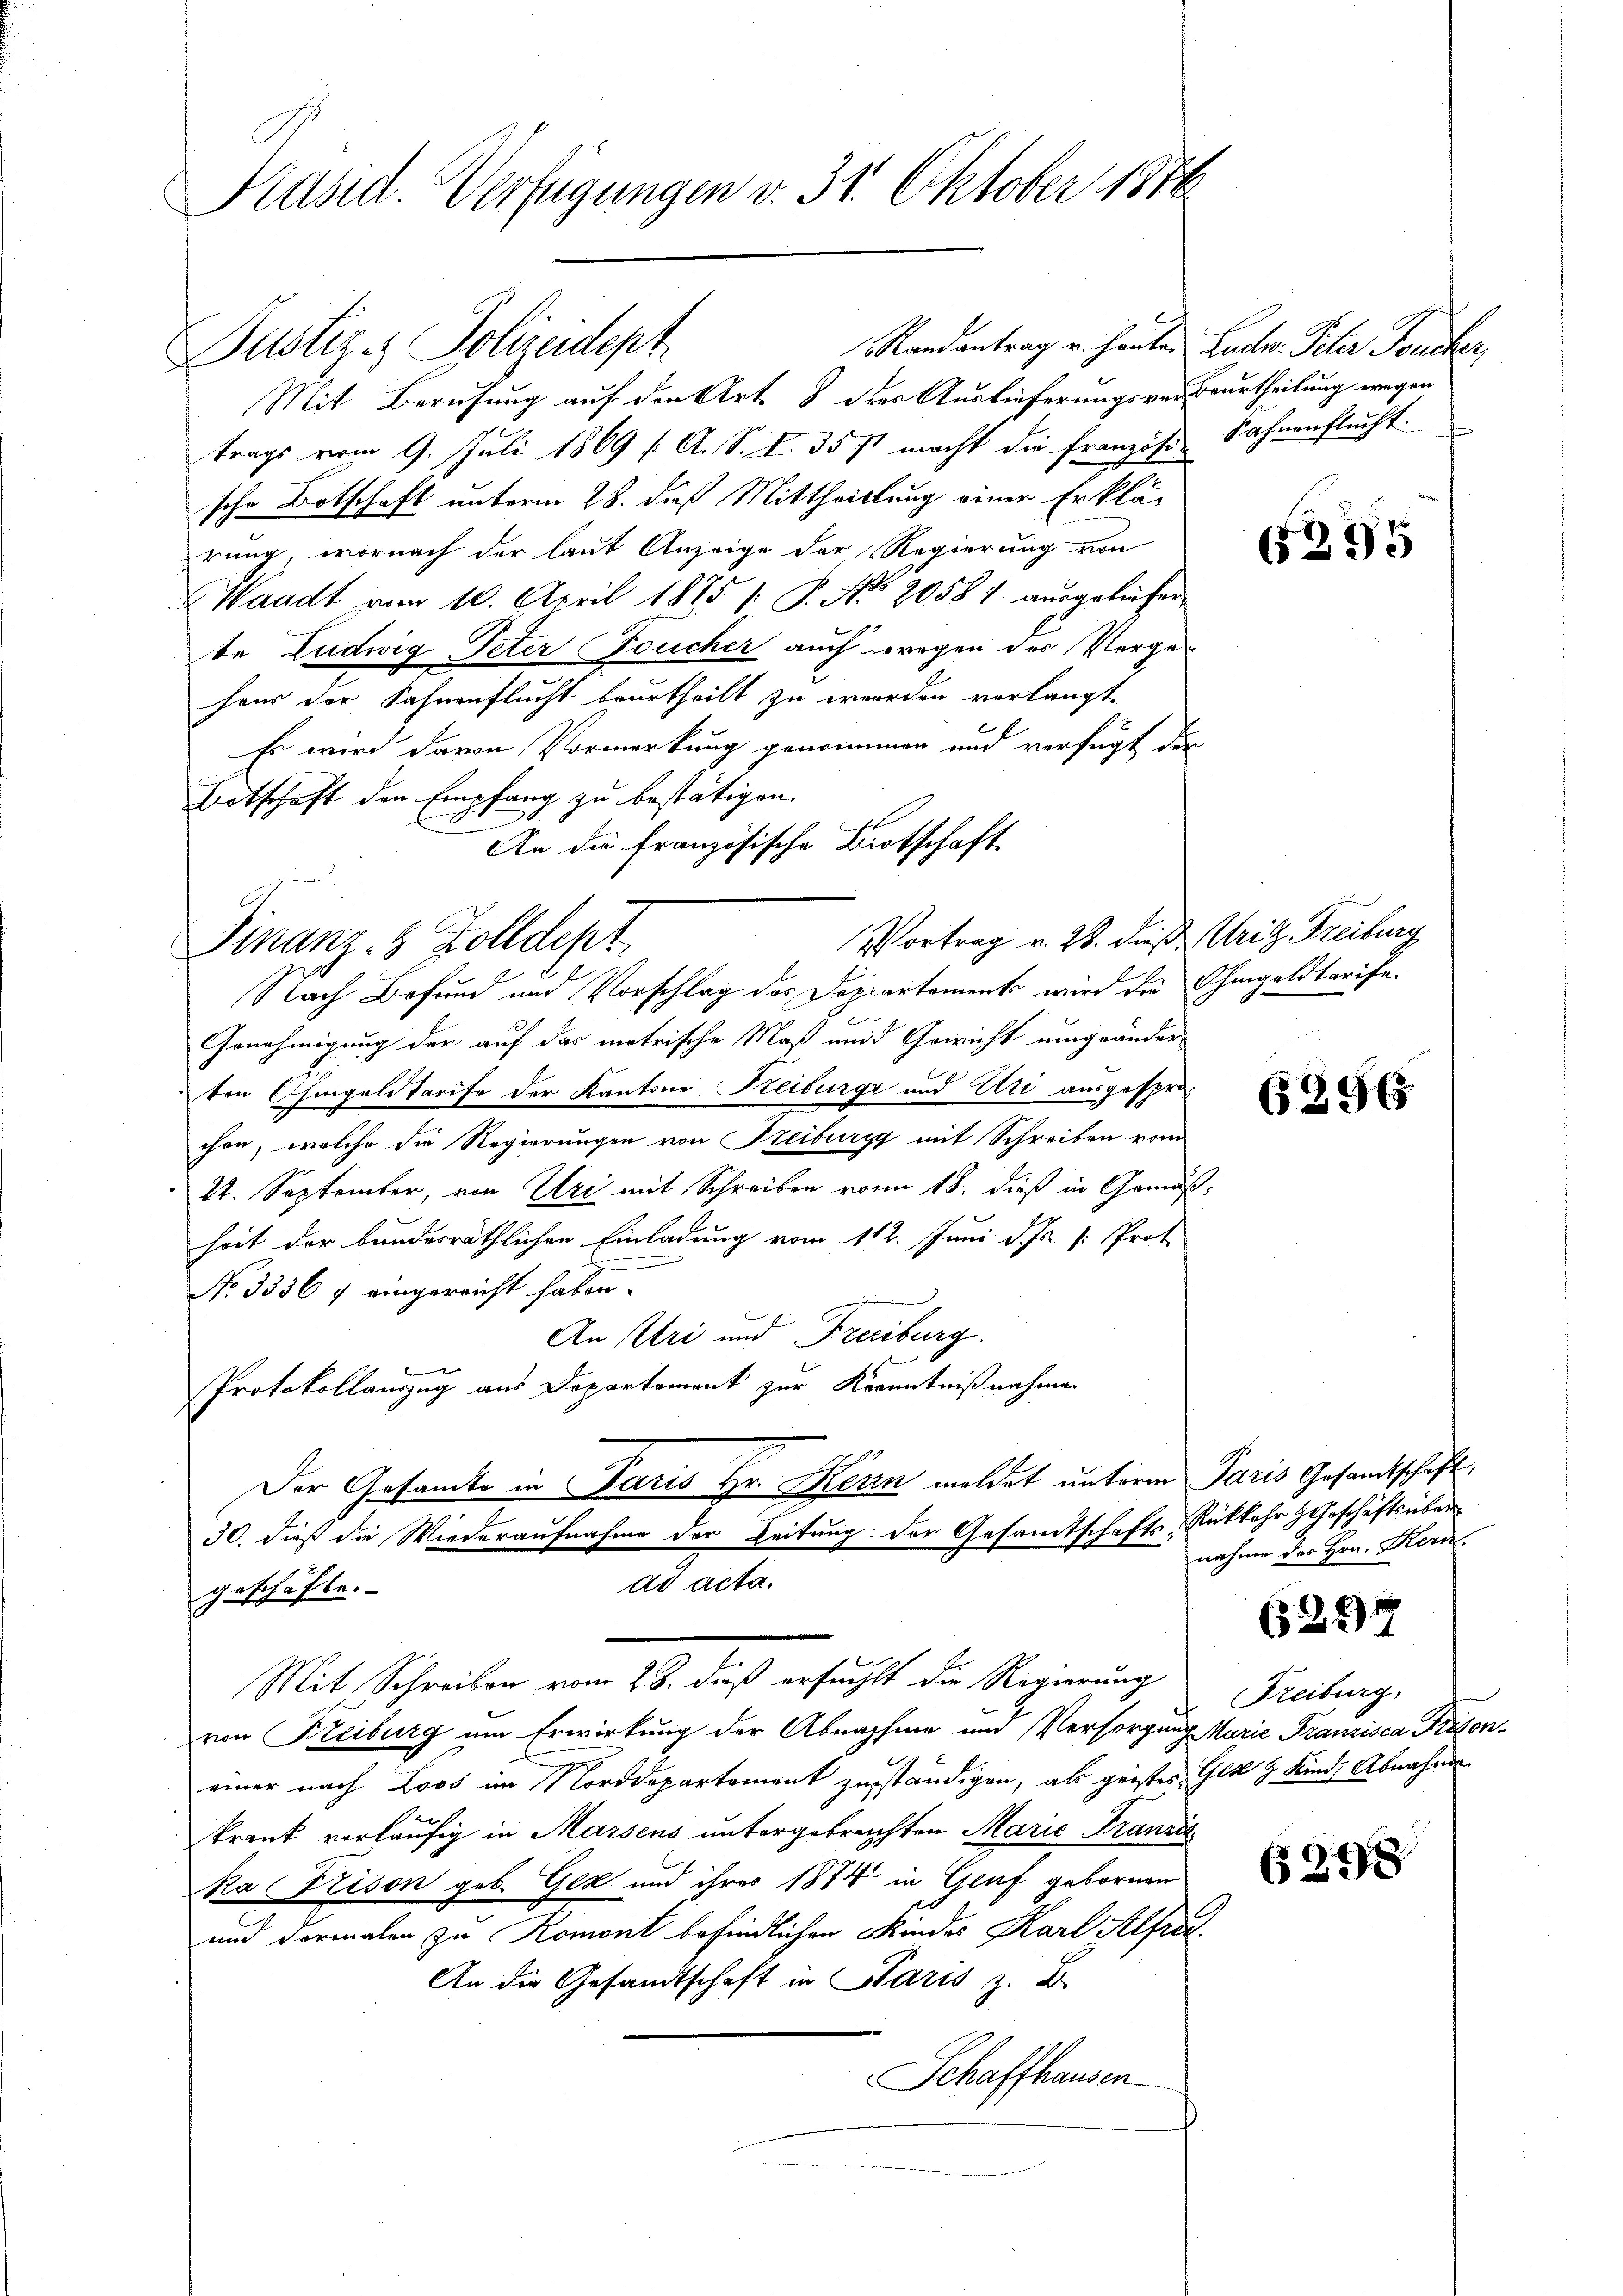
Kasid. Verfügungen v. 31. Oktober 1876

Randantrag u. heute. Zuder Peter Frücher,
Mit Berufung auf den Art. 8 des Auslieferungsverbeurtheilung wegen
trags vom 9. Juli 1869 / A. S. S. 357 macht die französi-
sche Botschaft unterm 28. dieß Mittheillung einer Erklär
rung, wornach der laut Anzeige der Regierung von
Waadt vom 10. April 1875 /: P. Nr. 20581 aŭsgeliefer
te Ludwig, Peter Foucher auch wegen des Vorge-
haus der Fahnenflucht beurtheilt zu werden verlangt,
Es wird davon Vormerkung genommen und verfügt der
Botschaft den Empfang zu bestätigen.
An die französische Botschaft
Finanz- 8 Zolldept.
Nach Befund und Vorschlag der Departaments wird die Ohmgeldtarife.
Genehmigung der auf das matrische Maß und Gewicht umgeänder
ten Chiigalitarise der Kantone Freiburg und Uri ausgesprochen, welche die Regierungen von Freiburgg mit Schreiben vom
24. September, von Uri mit Schreiben vom 18. dieß in Gemäß
heit der bundesräthlichen Einladung vom 112. Juni d. Js. [: Prot
No 3336 7 eingereicht haben.
An Uri und Freiburg.
Protokollauszug aus Departement zur Kenntnißnahme
Der Gesamte in Paris Hr. Kern meldet unterm Paris Gesandtschaft
30. dieß die Wiederaufnahme der Leitung der Gesamtschafts-Rükkehr Geschäftsüberad acta.
geschäfte.
Mit Schreiben vom 28. dieß erfuchst die Regierung
von Freiburg um Erwirkung der Abnahme und Versorgung Marie Franzisca Frisoneiner nach Loos im Norddepartement zuständigen, als geistes Gen 9 Kind, Abnahme
krank vorläufig in Marsens untergebrachten Marie Franzis¬
Ra rison geb. Gek und ihres 1874 in Graf gebornen
und dermalen zu Romont befindlichen Kindes Karl Alfre
An die Gesandtschaft in Paris z. B.
Schaffhausen

Justiz & Polizeidept

Vortrag v. 28. dieß Ursy Freiburg

Sahnenflucht.

5295

2.

(296

nahme des Hrn. Kern.

(5227

Freiburg,

248